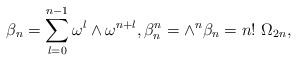
\begin{align*} \beta_n=\sum\limits_{l=0}^{n-1}\omega^l\wedge\omega^{n+l},\beta_n^n=\wedge^n\beta_n=n!~\Omega_{2n},\end{align*}